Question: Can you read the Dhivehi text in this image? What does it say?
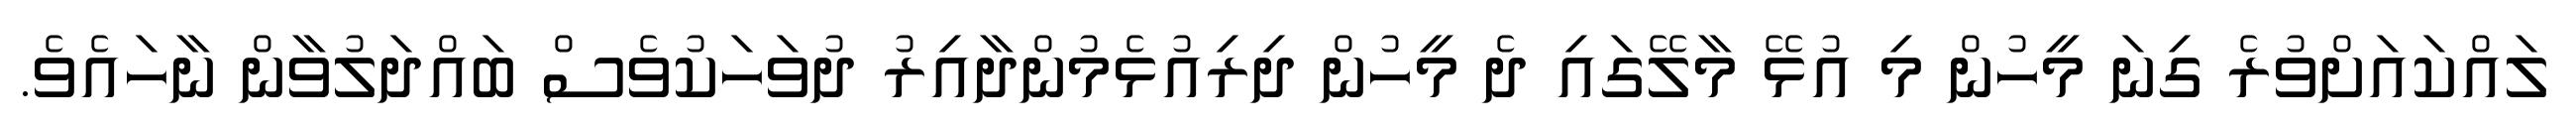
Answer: ލައްކައަށްވުރެ ގިނަ މީހުން މި އުޅޭ މާލޭގައި ދެ މީހުން ދިރިއުޅެމުންދާއިރު ދުވަހަކުވެސް ބައްދަލުވާން ނާހައެވެ.